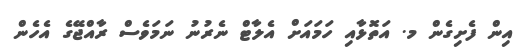
އިން ފެށިގެން މ. އަތޮޅާއި ހަމައަށް އެލާޓް ނެރުނު ނަމަވެސް ރާއްޖޭގެ އެހެން